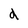
Character: d